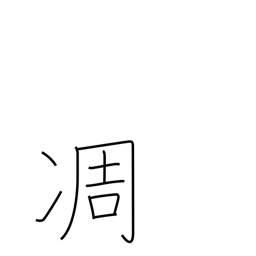
Meaning: wither